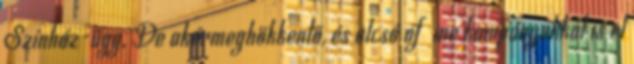
Színház-ügy. De akármeghökkentő, és olcsó ofﬂine kampányokkal is el